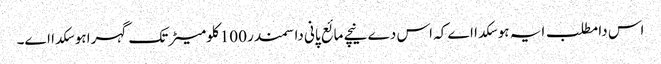
اس دا مطلب ایہ ہو سکدا اے کہ اس دے نیچے مائع پانی دا سمندر 100 کلومیٹر تک گہرا ہو سکدا ا‏‏ے۔